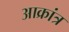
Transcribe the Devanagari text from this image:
आक्रांत्र